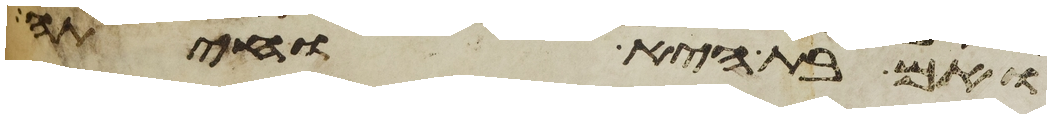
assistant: ואם בת היא וחיתה